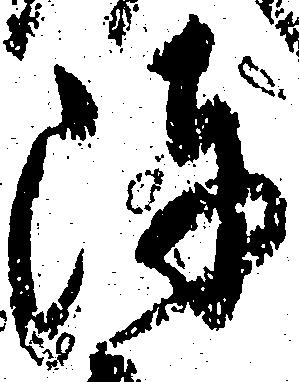
陣